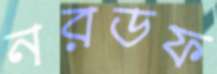
নরডফ